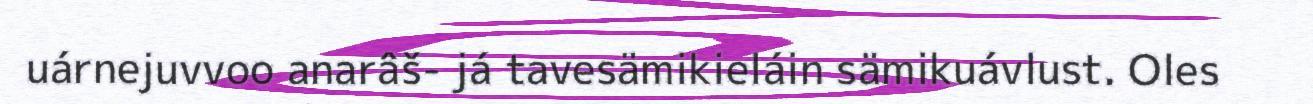
uárnejuvvoo anarâš- já tavesämikieláin sämikuávlust. Oles